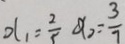
x _ { 1 } = \frac { 2 } { 5 } x _ { 2 } = \frac { 3 } { 7 }